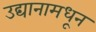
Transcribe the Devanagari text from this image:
उद्यानामधून